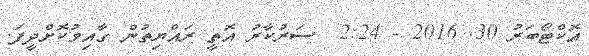
އޮކްޓޯބަރު 30